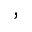
^ ,